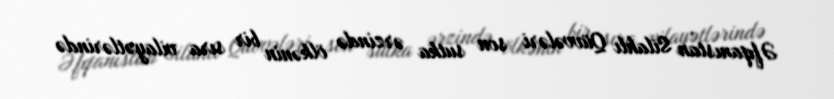
Əfqanıstan Silahlı Qüvvələri son sutka ərzində ölkənin bir sıra vilayətlərində